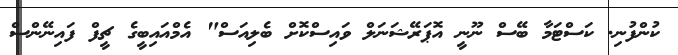
ކުންފުނި. ކަސްޓަމާ ބޭސް ނޫނީ އޮޕަރޭޝަނަލް ވައިސްކޮށް ބެލިއަސް" އެމްއައިބީގެ ޗީފް ފައިނޭންސް